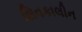
શિવકાલીન